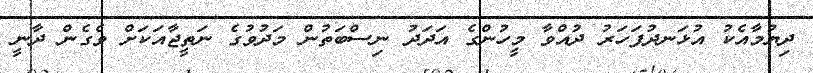
ދިޔުމާއެކު އުޅަނދުފަހަރު ދުއްވާ މީހުންގެ އަދަދު ނިސްބަތުން މަދުވުގެ ނަތީޖާއަކަށް ވެގެން ދާނީ